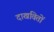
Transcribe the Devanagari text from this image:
दाखवितों